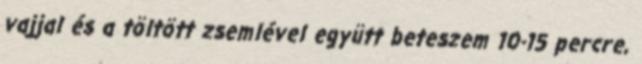
vajjal és a töltött zsemlével együtt beteszem 10-15 percre,